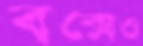
বক্সেও